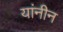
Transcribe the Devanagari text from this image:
यांनीन